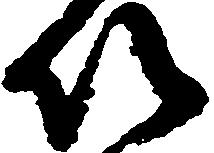
以